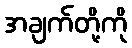
အချက်တို့ကို